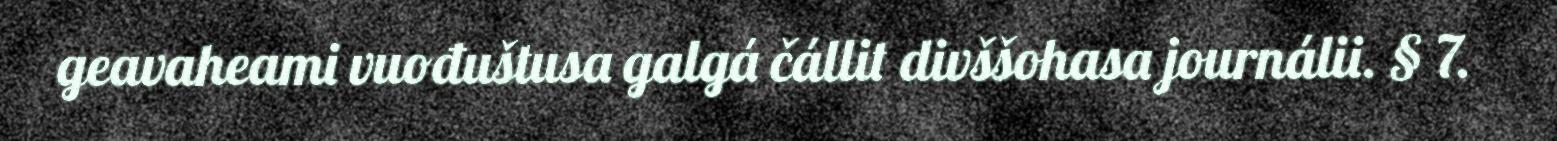
geavaheami vuođuštusa galgá čállit divššohasa journálii. § 7.